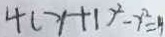
4 ( y + 1 ) ^ { 2 } - y ^ { 2 } = 4